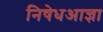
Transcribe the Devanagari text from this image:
निषेधआज्ञा